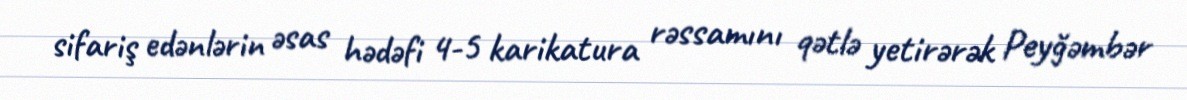
sifariş edənlərin əsas hədəfi 4-5 karikatura rəssamını qətlə yetirərək Peyğəmbər